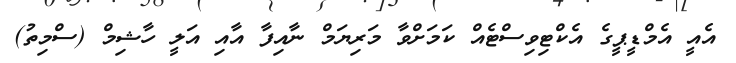
އެއީ އެމްޑީޕީގެ އެކްޓިވިސްޓެއް ކަމަށްވާ މަރިޔަމް ނާއިފާ އާއި އަލީ ހާޝިމް (ސްމިތު)